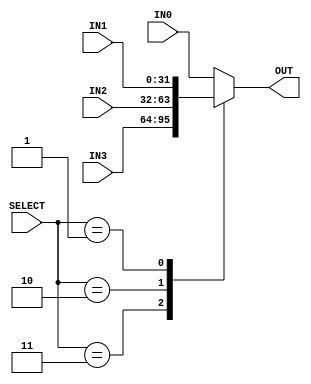
module mux_4x1_32bit(IN0, IN1, IN2, IN3, OUT, SELECT);

    //declare the ports
    input [31:0] IN0, IN1, IN2, IN3;
    input [1:0] SELECT;
    output reg [31:0] OUT;

    //connect the relevent input to the output depending depending on the select
    // TODO: Add delay to mux
    // assign OUT = (SELECT == 2'b11) ? IN3 : (SELECT == 2'b10) ? IN2 : (SELECT == 2'b01) ? IN1 : IN0;

    always @ (*) begin
        case (SELECT)
            2'b11: OUT = IN3;
            2'b10: OUT = IN2;
            2'b01: OUT = IN1;
            default: OUT = IN0;
        endcase
    end

endmodule